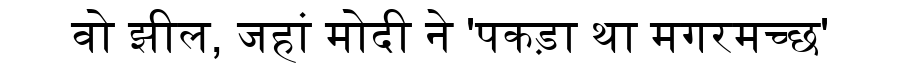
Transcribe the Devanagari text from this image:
वो झील, जहां मोदी ने 'पकड़ा था मगरमच्छ'